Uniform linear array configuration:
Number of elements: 32
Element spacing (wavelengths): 1
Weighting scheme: blackman
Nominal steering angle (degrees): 60
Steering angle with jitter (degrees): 58.754
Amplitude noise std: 0.05
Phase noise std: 0.05

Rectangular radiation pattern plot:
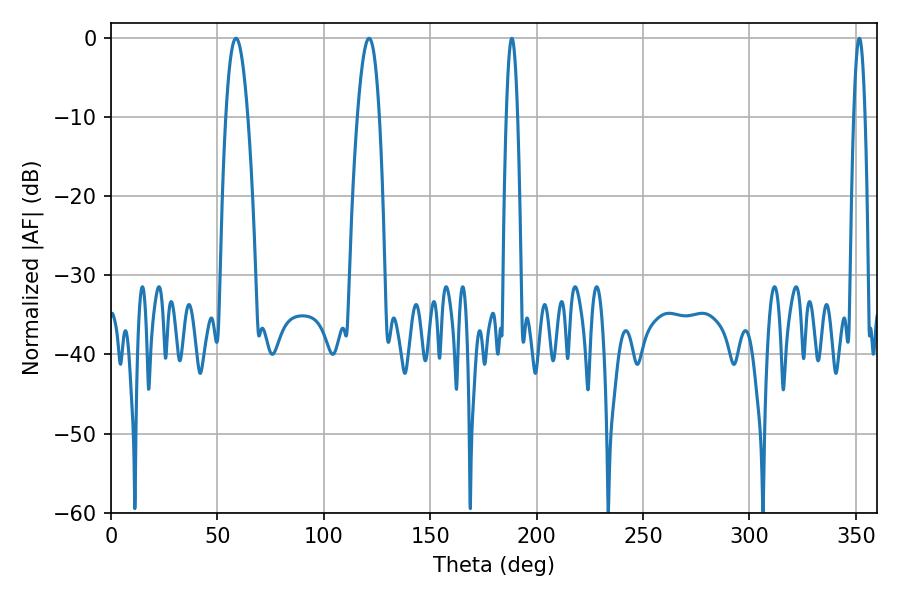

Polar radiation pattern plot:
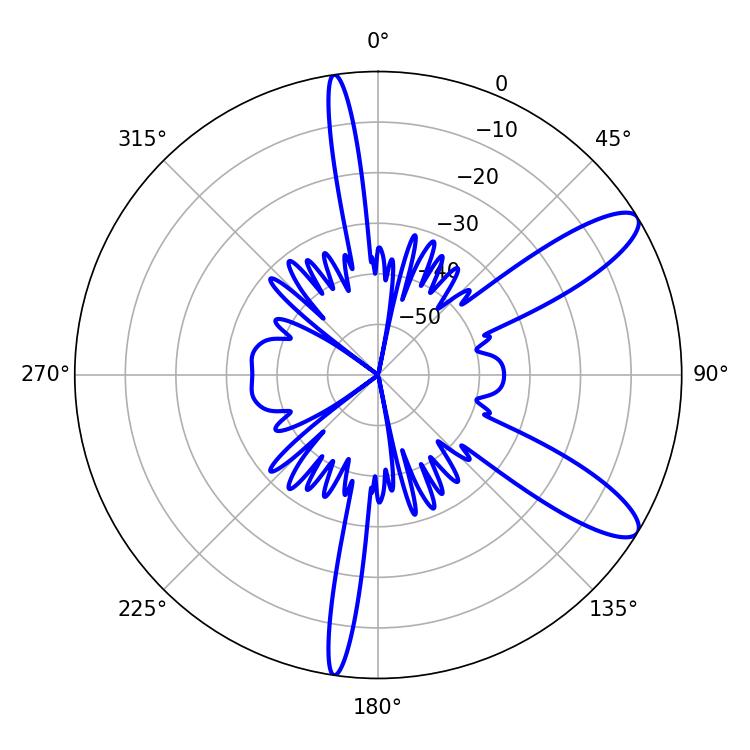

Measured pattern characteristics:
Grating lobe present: TRUE
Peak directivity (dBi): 10.781
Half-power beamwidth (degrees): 5.76
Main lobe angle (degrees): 58.68